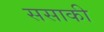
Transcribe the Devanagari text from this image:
ससाकी